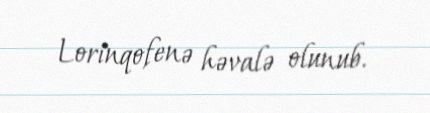
Lorinqofenə həvalə olunub.